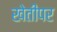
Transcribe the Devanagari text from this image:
खेतीपर